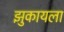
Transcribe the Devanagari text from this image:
झुकायला